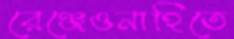
রেঞ্জেওনাহিতে